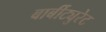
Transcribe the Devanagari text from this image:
बार्बीट्युरेट